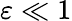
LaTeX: \varepsilon\ll 1